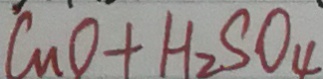
C u O + H _ { 2 } S O _ { 4 }